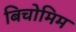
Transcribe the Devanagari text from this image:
बिचोमिम